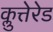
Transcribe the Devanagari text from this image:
क्लुत्तेरेड